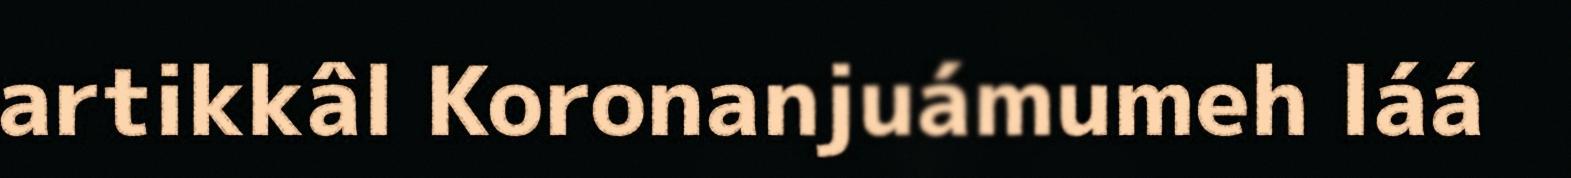
artikkâl Koronanjuámumeh láá